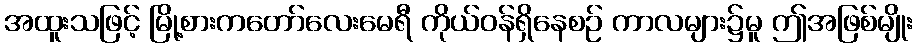
အထူးသဖြင့် မြို့စားကတော်လေးမေရီ ကိုယ်ဝန်ရှိနေစဉ် ကာလများ၌မူ ဤအဖြစ်မျိုး